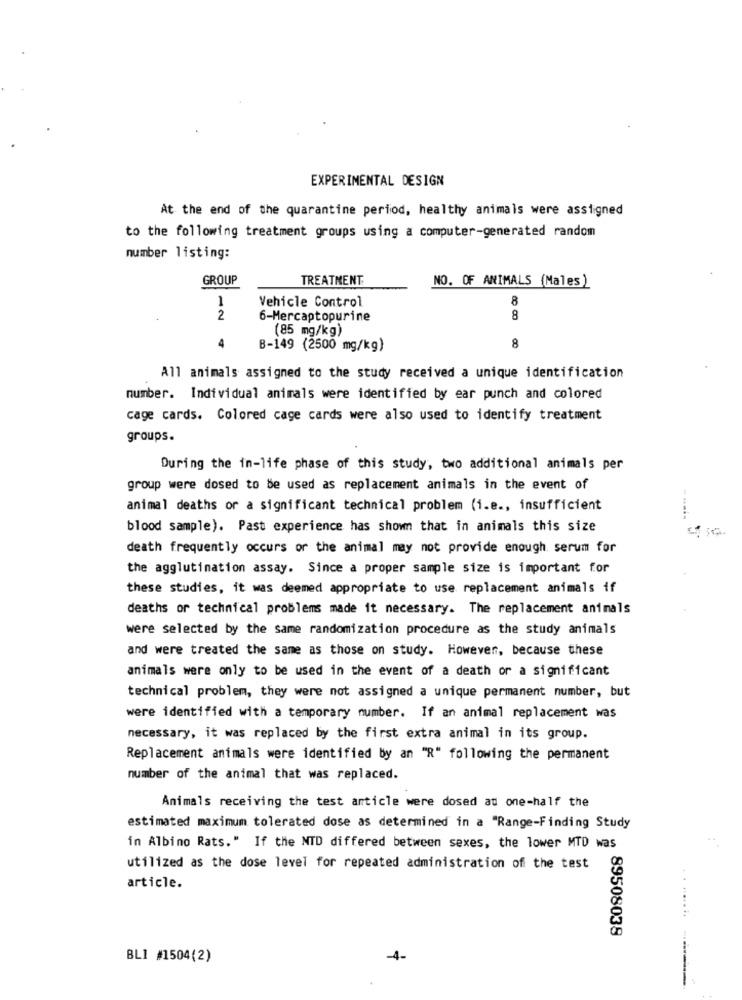
EXPERIMENTAL DESIGN
At the end of the quarantine period, healthy animals were assigned
to the following treatment groups using a computer-generated random
number listing:
GROUP
TREATMENT
NO. OF ANIMALS (Males )
1
Vehicle Control
8
2
6-Mercaptopurine
8
(85 mg/kg)
4
B-149 (2500 mg/kg)
8
All animals assigned to the study received a unique identification
number. Individual animals were identified by ear punch and colored
cage cards. Colored cage cards were also used to identify treatment
groups.
During the in-life phase of this study, two additional animals per
group were dosed to be used as replacement animals in the event of
animal deaths or a significant technical problem (i.e ., insufficient
blood sample). Past experience has shown that in animals this size
death frequently occurs or the animal may not provide enough serum for
the agglutination assay. Since a proper sample size is important for
these studies, it was deemed appropriate to use replacement animals if
deaths or technical problems made it necessary. The replacement animals
were selected by the same randomization procedure as the study animals
and were treated the same as those on study. However, because these
animals were only to be used in the event of a death or a significant
technical problem, they were not assigned a unique permanent number, but
were identified with a temporary number. If an animal replacement was
necessary, it was replaced by the first extra animal in its group.
Replacement animals were identified by an "R" following the permanent
number of the animal that was replaced.
Animals receiving the test article were dosed at one-half the
estimated maximum tolerated dose as determined in a "Range-Finding Study
in Albino Rats." If the NTD differed between sexes, the lower MTD was
utilized as the dose level for repeated administration of the test
article.
89508039
BLI #1504(2)
-4-